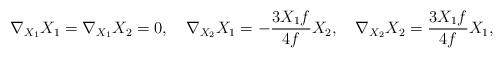
LaTeX: \begin{align*}\nabla_{X_1}X_1=\nabla_{X_1}X_2=0,\quad\nabla_{X_2}X_1=-\frac{3X_1f}{4f}X_2,\quad\nabla_{X_2}X_2=\frac{3X_1f}{4f}X_1,\end{align*}